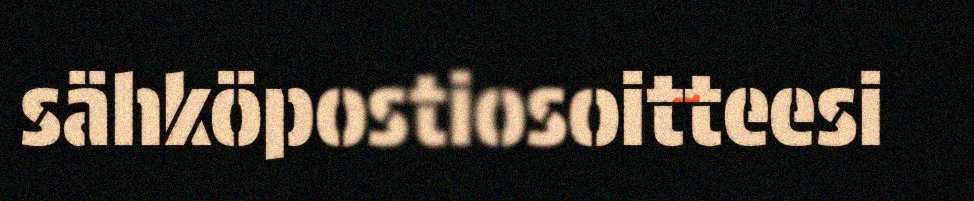
sähköpostiosoitteesi